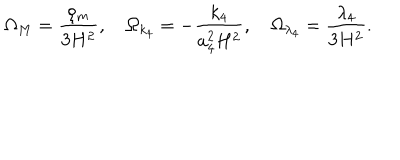
\Omega _ { M } = \frac { \rho _ { m } } { 3 H ^ { 2 } } , \quad \Omega _ { k _ { 4 } } = - \frac { k _ { 4 } } { a _ { 4 } ^ { 2 } H ^ { 2 } } , \quad \Omega _ { \lambda _ { 4 } } = \frac { \lambda _ { 4 } } { 3 H ^ { 2 } } .